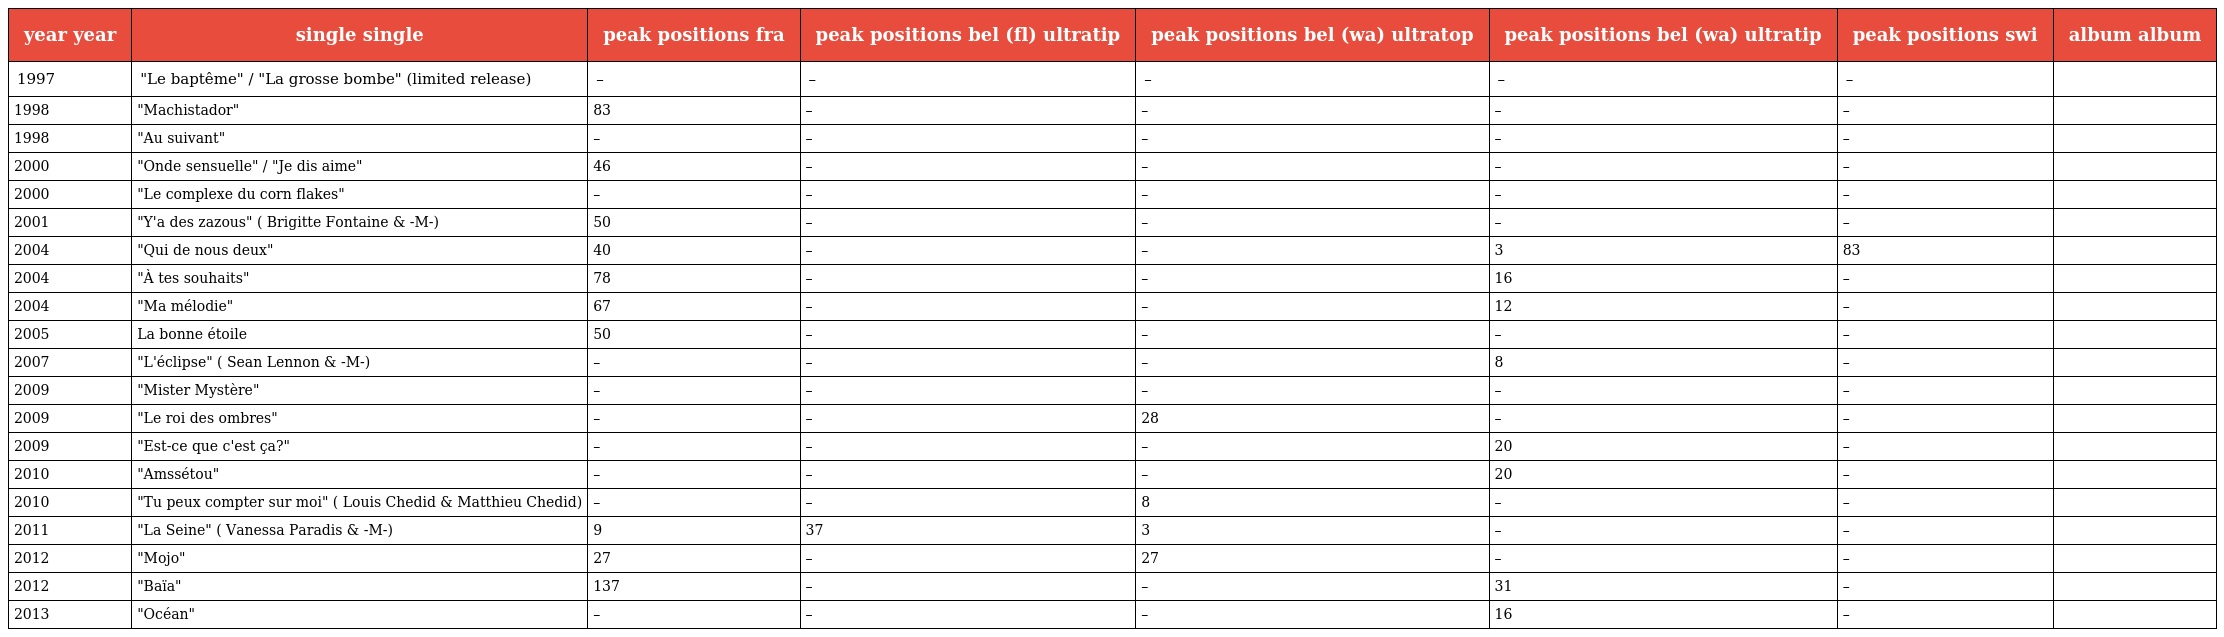
| year year | single single | peak positions fra | peak positions bel (fl) ultratip | peak positions bel (wa) ultratop | peak positions bel (wa) ultratip | peak positions swi | album album |
 | --- | --- | --- | --- | --- | --- | --- | --- |
 | 1997 | "Le baptême" / "La grosse bombe" (limited release) | – | – | – | – | – |  |
 | 1998 | "Machistador" | 83 | – | – | – | – |  |
 | 1998 | "Au suivant" | – | – | – | – | – |  |
 | 2000 | "Onde sensuelle" / "Je dis aime" | 46 | – | – | – | – |  |
 | 2000 | "Le complexe du corn flakes" | – | – | – | – | – |  |
 | 2001 | "Y'a des zazous" ( Brigitte Fontaine & -M-) | 50 | – | – | – | – |  |
 | 2004 | "Qui de nous deux" | 40 | – | – | 3 | 83 |  |
 | 2004 | "À tes souhaits" | 78 | – | – | 16 | – |  |
 | 2004 | "Ma mélodie" | 67 | – | – | 12 | – |  |
 | 2005 | La bonne étoile | 50 | – | – | – | – |  |
 | 2007 | "L'éclipse" ( Sean Lennon & -M-) | – | – | – | 8 | – |  |
 | 2009 | "Mister Mystère" | – | – | – | – | – |  |
 | 2009 | "Le roi des ombres" | – | – | 28 | – | – |  |
 | 2009 | "Est-ce que c'est ça?" | – | – | – | 20 | – |  |
 | 2010 | "Amssétou" | – | – | – | 20 | – |  |
 | 2010 | "Tu peux compter sur moi" ( Louis Chedid & Matthieu Chedid) | – | – | 8 | – | – |  |
 | 2011 | "La Seine" ( Vanessa Paradis & -M-) | 9 | 37 | 3 | – | – |  |
 | 2012 | "Mojo" | 27 | – | 27 | – | – |  |
 | 2012 | "Baïa" | 137 | – | – | 31 | – |  |
 | 2013 | "Océan" | – | – | – | 16 | – |  |